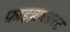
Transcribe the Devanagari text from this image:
फ़ाइब्रोब्लास्ट